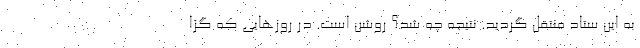
به این ستاد منتقل گردید. نتیجه چه شد؟ روشن است. در روزهایی که گزا